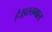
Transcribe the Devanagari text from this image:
है।इस्तमाल